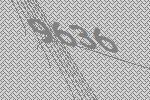
9636